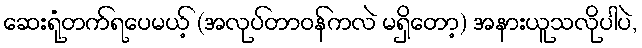
ဆေးရုံတက်ရပေမယ့် (အလုပ်တာဝန်ကလဲ မရှိတော့) အနားယူသလိုပါပဲ,